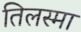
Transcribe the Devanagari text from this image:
तिलस्मा